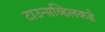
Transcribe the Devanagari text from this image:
टाउन्सव्हिलकडे